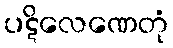
ပဋိလေဏေတုံ